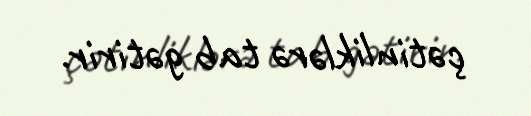
çətinliklərə tab gətirir.